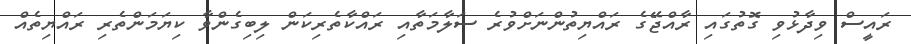
ރައީސް ވިދާޅުވި ގޮތުގައި ރާއްޖޭގެ ރައްޔިތުންނަށްވުރެ ސަލާމަތާއި ރައްކާތެރިކަން ލިބިގެންވާ ކިޔަމަންތެރި ރައްޔިތެއް